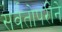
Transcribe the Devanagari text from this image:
सर्वतोपरीने